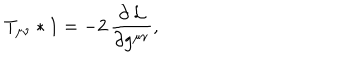
T _ { \mu \nu } * 1 = - 2 \, \frac { \partial \, { \cal L } } { \partial g ^ { \mu \nu } } ,